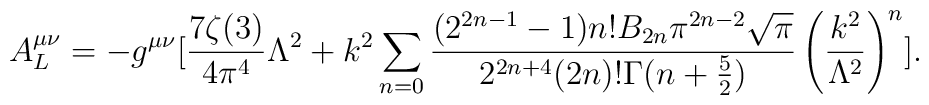
A^{\mu\nu}_L = -g^{\mu\nu}[{{7\zeta(3)} \over {4\pi^4}}\Lambda^2+ k^2 \sum_{n=0}{{(2^{2n-1} -1)n! B_{2n}\pi^{2n-2}{\sqrt\pi}}\over {2^{2n+4}(2n)!\Gamma(n +\frac{5}{2})}}\left({k^2 \over \Lambda^2}\right)^n].